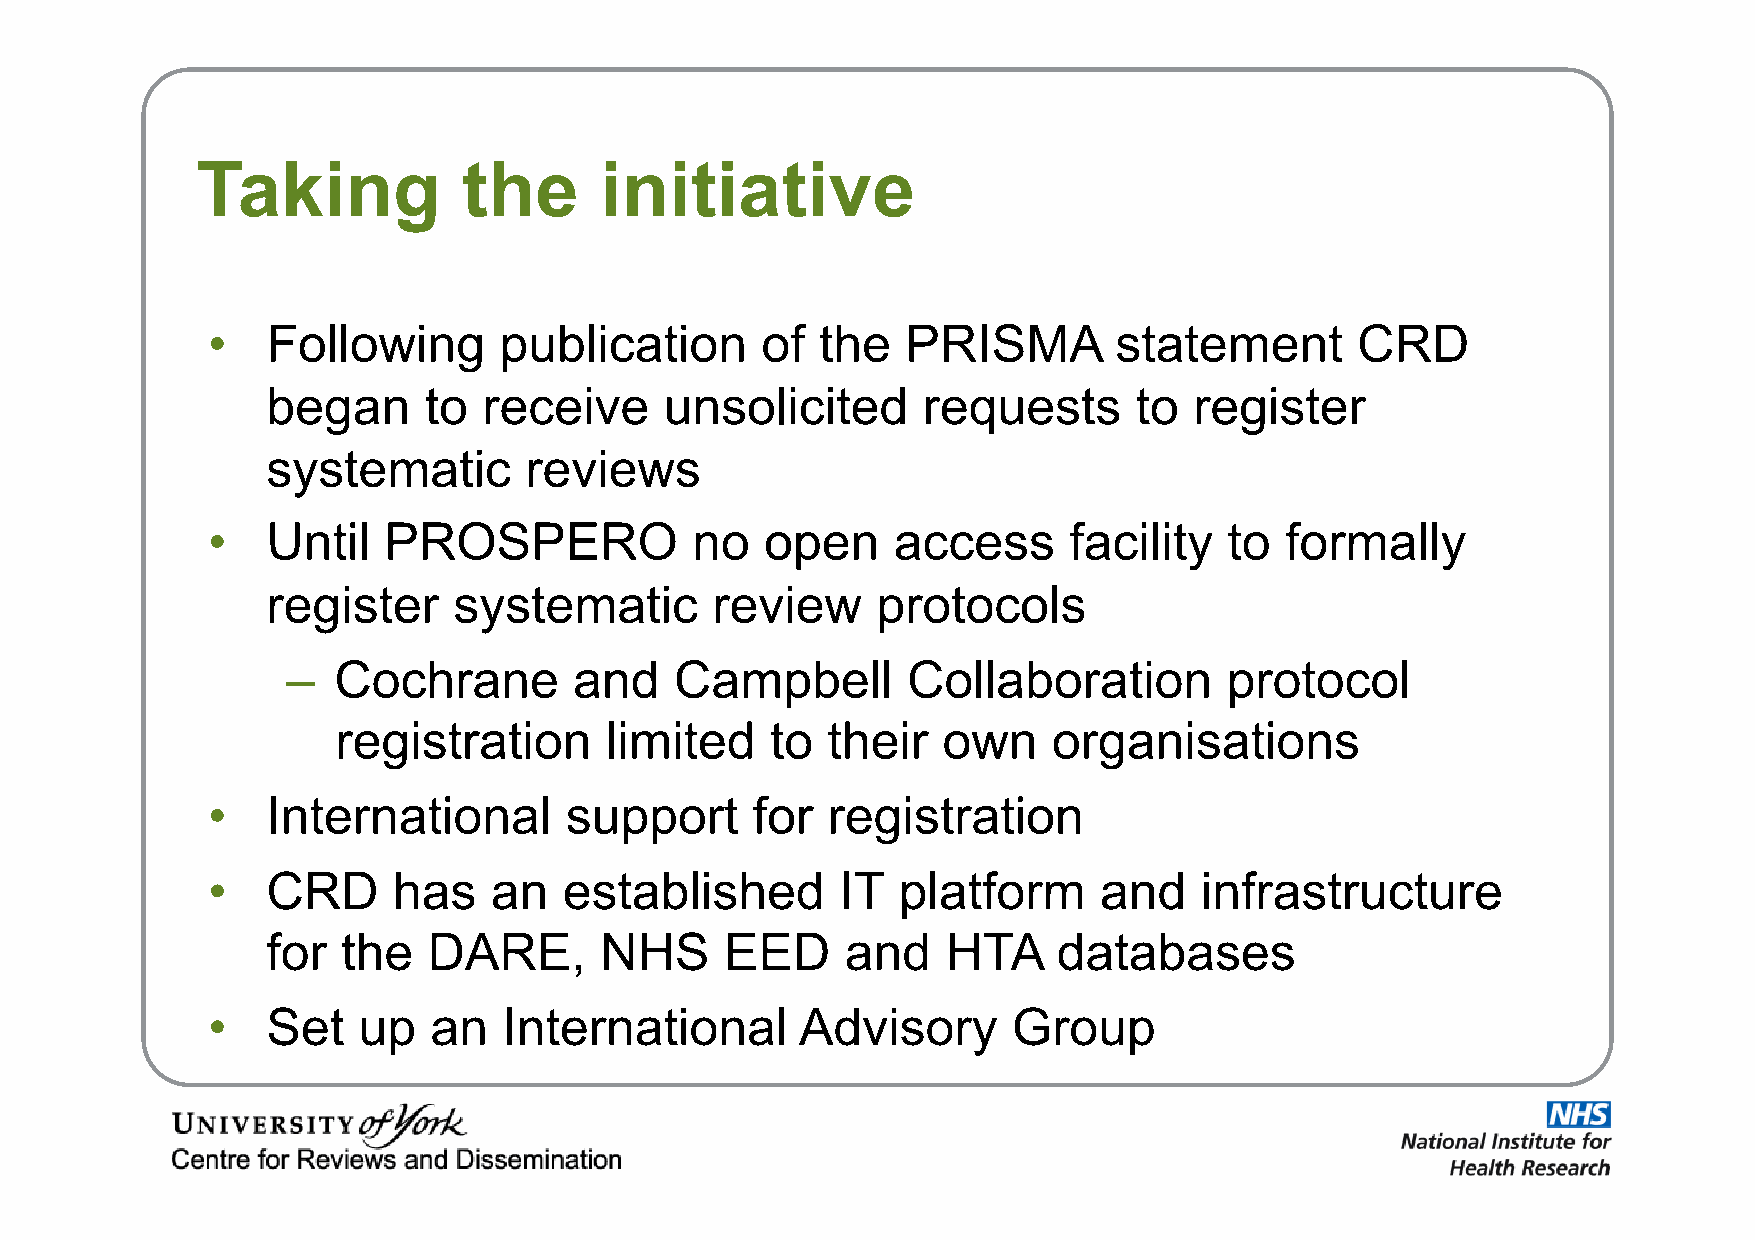
Taking            the      initiative
 •   Following      publication      of  the   PRISMA        statement       CRD
 began     to  receive     unsolicited      requests      to  register
 systematic       reviews
 •   Until  PROSPERO             no   open    access      facility  to  formally
 register    systematic       review     protocols
 –  Cochrane        and    Campbell       Collaboration        protocol
 registration      limited    to  their  own     organisations
 •   International      support      for  registration
 •   CRD     has   an   established        IT platform      and   infrastructure
 for  the  DARE,       NHS     EED     and    HTA    databases
 •   Set   up  an   International       Advisory      Group